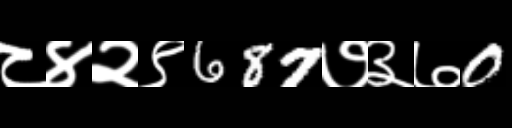
Text: ८४२९687७३७0